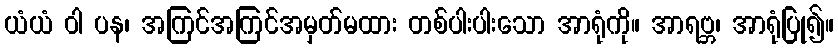
ယံယံ ဝါ ပန၊ အကြင်အကြင်အမှတ်မထား တစ်ပါးပါးသော အာရုံကို။ အာရဗ္ဘ၊ အာရုံပြု၍။